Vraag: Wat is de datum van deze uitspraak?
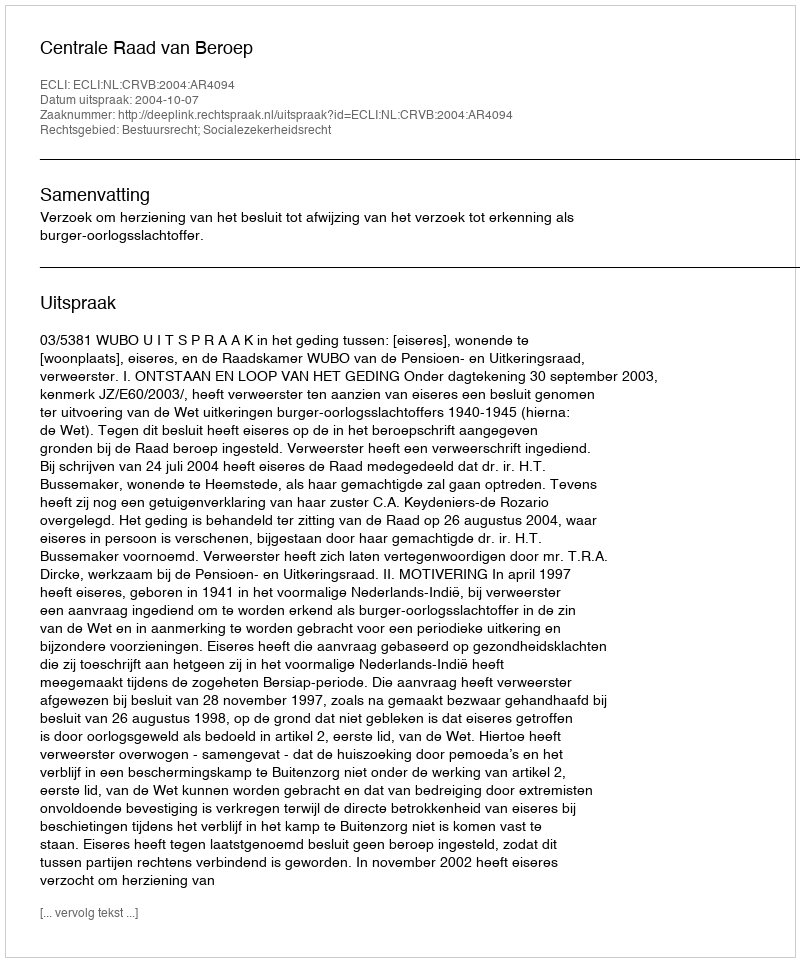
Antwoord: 2004-10-07